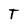
Character: T